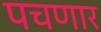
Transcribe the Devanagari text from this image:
पचणार